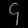
Digit: ၄